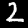
Label: 2